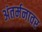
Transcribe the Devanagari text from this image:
अंतर्मनावर